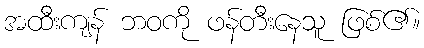
အထီးကျန် ဘဝကို ဖန်တီးနေသူ ဖြစ်၏။